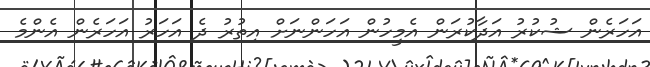
އަހަރެން ޝުކުރު އަދާކުރަން އެމީހުން އަހަންނަށް އިތުރު ދެ އަހަރު އަހަރެން އެންމެ